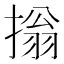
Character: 㨣